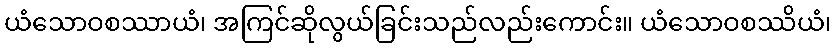
ယံသောဝစဿာယံ၊ အကြင်ဆိုလွယ်ခြင်းသည်လည်းကောင်း။ ယံသောဝစဿိယံ၊